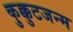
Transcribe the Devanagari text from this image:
कुक्कुटजन्म